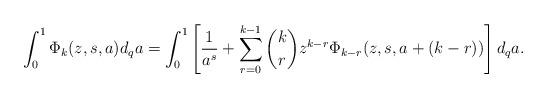
LaTeX: \begin{align*}\begin{aligned}\int_0^1\Phi_k(z,s,a)d_qa=\int_0^1\left[\frac1{a^s}+\sum_{r=0}^{k-1}\binom{k}r z^{k-r}\Phi_{k-r}(z,s,a+(k-r))\right]d_qa.\end{aligned}\end{align*}